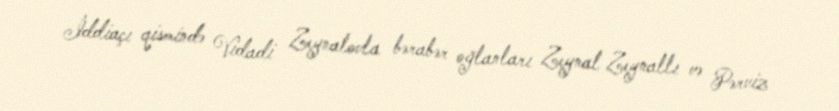
İddiaçı qismində Vidadi Zeynalovla bərabər oğlanları Zeynal Zeynallı və Pərviz